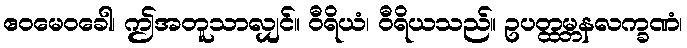
ဧဝမေဝခေါ၊ ဤအတူသာလျှင်။ ဝီရိယံ၊ ဝီရိယသည်။ ဥပတ္ထမ္ဘနလက္ခဏံ၊